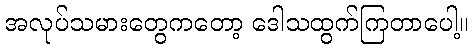
အလုပ်သမားတွေကတော့ ဒေါသထွက်ကြတာပေါ့။